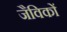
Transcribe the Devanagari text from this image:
जैविकों